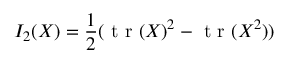
I _ { 2 } ( \boldsymbol { X } ) = \frac { 1 } { 2 } ( \mathrm { ~ t ~ r ~ } ( \boldsymbol { X } ) ^ { 2 } - \mathrm { ~ t ~ r ~ } ( \boldsymbol { X } ^ { 2 } ) )